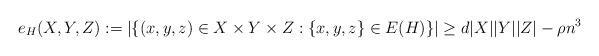
LaTeX: \begin{align*}e_H(X,Y,Z) := |\{(x,y,z) \in X \times Y \times Z: \{x,y,z\} \in E(H)\}| \geq d |X||Y||Z| - \rho n^3 \end{align*}